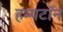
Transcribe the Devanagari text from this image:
हम्पटॉन